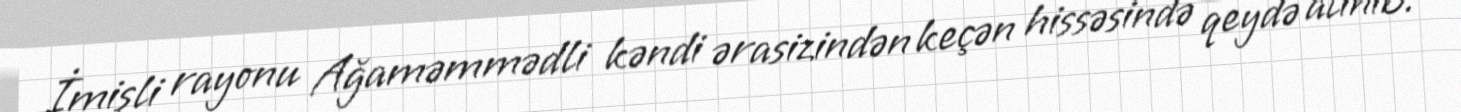
İmişli rayonu Ağaməmmədli kəndi ərasizindən keçən hissəsində qeydə alınıb.